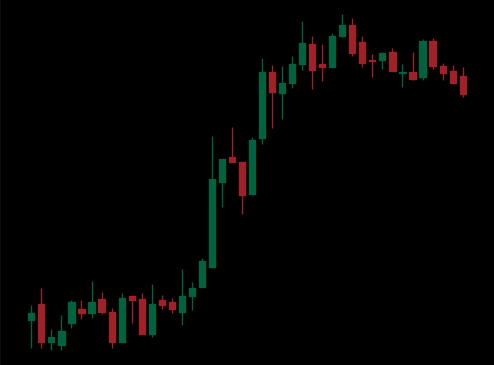
Pattern: bear_flag